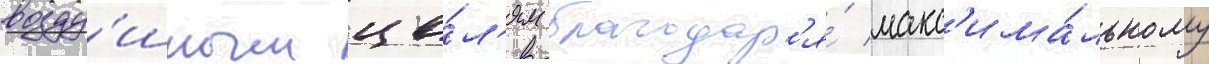
возду́шным це́л'ям благодар'я́ макс'има́льному